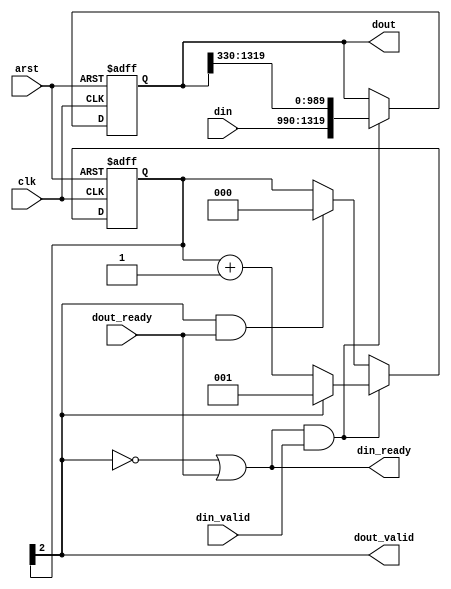
module five_to_twenty #(
	parameter WORD_LEN = 66
)
(
	input clk,arst,
	
	input [5*WORD_LEN-1:0] din, 
	input din_valid,
	output din_ready,
	
	output reg [20*WORD_LEN-1:0] dout,
	input dout_ready,
	output dout_valid		
);

reg [2:0] holding;	// holding 0..4 blocks of 5 words

assign dout_valid = holding[2];
assign din_ready =
		(!dout_valid | dout_ready);

always @(posedge clk or posedge arst) begin
	if (arst) begin
		dout <= 0;
		holding <= 0;
	end
	else begin
		if (din_ready & din_valid) begin
			dout <= {din,dout[20*WORD_LEN-1:5*WORD_LEN]};
			if (dout_valid) 
				holding <= 3'b1;
			else 
				holding <= holding + 1'b1;
		end
		else begin
			// not taking new data
			if (dout_valid & dout_ready) holding <= 0;
		end
	end
end

endmodule